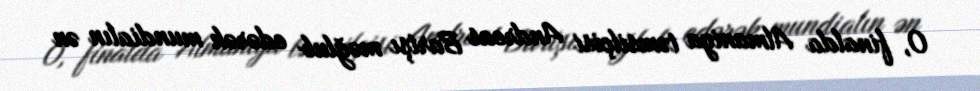
O, finalda Almaniya təmsilçisi Andreas Bartşı məğlub edərək mundialın ən